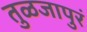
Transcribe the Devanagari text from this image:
तुळजापुरं